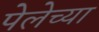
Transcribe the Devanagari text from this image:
पेलेच्या